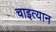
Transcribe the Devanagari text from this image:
चाइत्यान